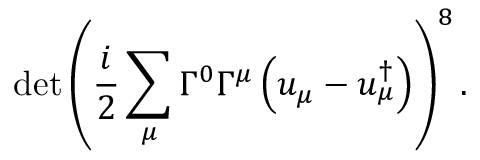
\operatorname * { d e t } \left( \frac { i } { 2 } \sum _ { \mu } \Gamma ^ { 0 } \Gamma ^ { \mu } \left( u _ { \mu } - u _ { \mu } ^ { \dagger } \right) \right) ^ { 8 } .